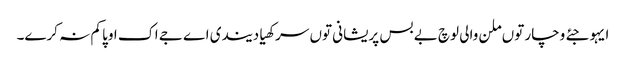
ایہو جئے وچار توں ملن والی لوچ بے بس پریشانی توں سرکھیا دیندی اے جے اک اوپا کم نہ کرے۔